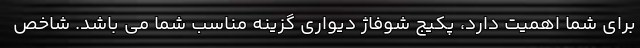
برای شما اهمیت دارد، پکیج شوفاژ دیواری گزینه مناسب شما می باشد. شاخص